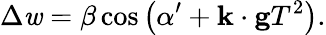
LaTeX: \Delta\mathit{w}=\beta\cos\left(\alpha^{\prime}+\mathbf{{k}}\cdot\mathbf{{g}}T^{2}\right).